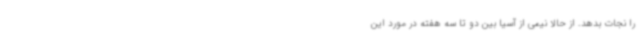
را نجات بدهد. از حالا نیمی از آسیا بین دو تا سه هفته در مورد این